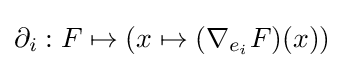
\partial _{i}:F\mapsto (x\mapsto (\nabla _{e_{i}}F)(x))